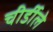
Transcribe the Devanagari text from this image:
चीर्डीले